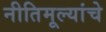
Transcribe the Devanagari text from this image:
नीतिमूल्यांचे